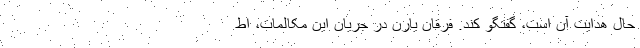
حال هدایت آن است، گفتگو کند. فرقان یارِن در جریان این مکالمات، اط